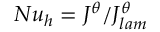
N u _ { h } = J ^ { \theta } / J _ { l a m } ^ { \theta }